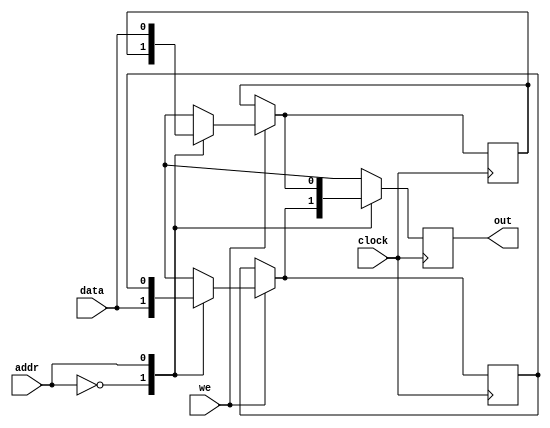
module single_port_ram #(
    parameter ADDR_WIDTH = 1,
    parameter DATA_WIDTH = 1
) (
    input [ADDR_WIDTH-1:0] addr,
    input [DATA_WIDTH-1:0] data,
    input we,
    input clock,
    output reg [DATA_WIDTH-1:0] out
);
    localparam MEM_DEPTH = 2 ** ADDR_WIDTH;
    reg [DATA_WIDTH-1:0] Mem[MEM_DEPTH-1:0];
    always@(posedge clock) begin
        if(we) begin
            Mem[addr] = data;
        end
    	out = Mem[addr]; 
    end
endmodule